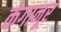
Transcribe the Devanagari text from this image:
कंगानूर